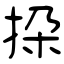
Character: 挅